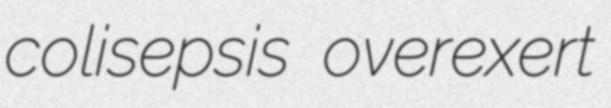
colisepsis overexert